Civil Veterinary Dept. Bombay admin report 1893-99 - 1893-1899
Year: 1893
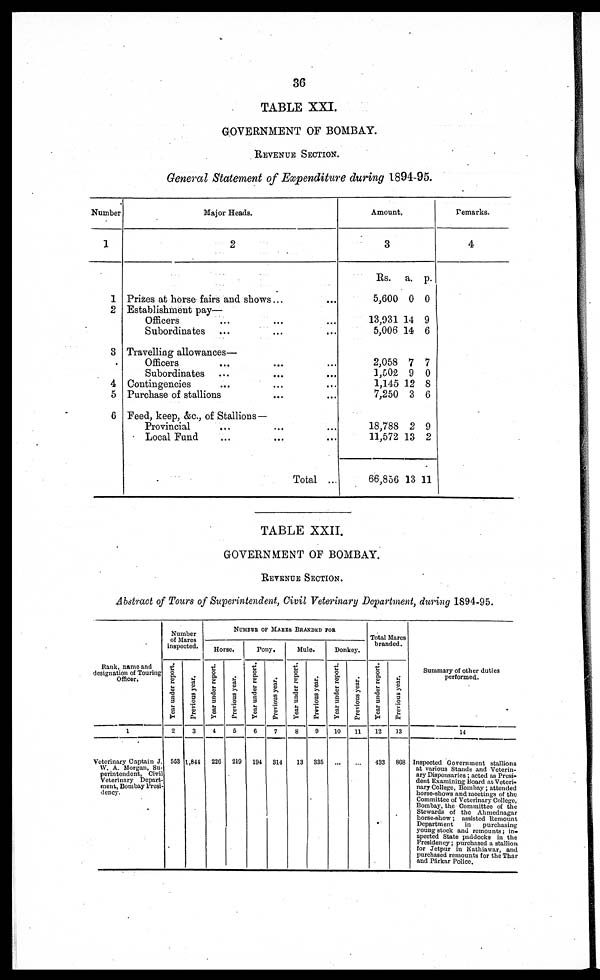
36
TABLE XXI.
GOVERNMENT OF BOMBAY.
REVENUE SECTION.
General Statement of Expenditure during 1894-95.
Number
1
1
2
8
4
5
6
Major Heads.
2
Prizes at horse fairs and shows ... ...
Establishment pay—
Officers
Subordinates
Travelling allowances—
Officers
Subordinates
Contingencies
Purchase of stallions
Feed, keep, &c., of Stallions —
Provincial
Local Fund
Total ...
Amount.
3
Rs.
5,600
13,931
5,006
2,058
1,502
1,145
7,250
18,788
11,572
66,856
a.
0
14
14
7
9
12
3
2
13
13
p.
0
9
6
7
0
8
6
9
2
11
Remarks.
4
TABLE XXII.
GOVERNMENT OF BOMBAY.
REVENUE SECTION.
Abstract of Tours of Superintendent, Civil Veterinary Department, during 1894-95.
Rank, name and
designation of Touring
Officer.
1
Veterinary Captain J.
W. A. Morgan, Su-
perintendent, Civil
Veterinary Depart-
ment, Bombay Presi-
dency.
Number
of Mares
inspected.
Year under report.
2
553
Previous year.
3
1,844
NUMBER OF MARES BRANDED FOR
Horse.
Year under report.
4
226
Previous year.
5
219
Pony.
Year under report.
0
194
Previous year.
7
314
Mule.
Year under report.
8
13
Previous year.
9
335
Donkey.
Year under report.
10
...
Previous year.
11
...
Total Marcs
branded.
Year under report.
12
433
Previous year.
13
868
Summary of other duties
performed.
14
Inspected Government stallions
at various Stands and Veterin-
ary Dispensaries ; acted as Presi-
dent Examining Board at Veteri-
nary College, Bombay ; attended
horse-shows and meetings of the
Committee of Veterinary College,
Bombay, the Committee of the
Stewards of the Ahmednagar
horse-show; assisted Remount
Department
in
purchasing
young stock and remounts; in-
spected State paddocks in the
Presidency ; purchased a stallion
for Jetpur in Kathiawar, and
purchased remounts for the Thar
and Párkar Police.